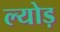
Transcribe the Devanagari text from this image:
ल्योड़